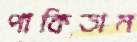
পাকিতাম